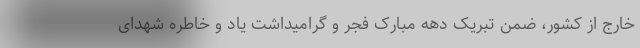
خارج از کشور، ضمن تبریک دهه مبارک فجر و گرامیداشت یاد و خاطره شهدای